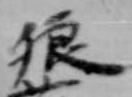
狼